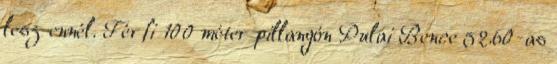
lesz ennél. Férfi 100 méter pillangón Pulai Bence 52.60-as